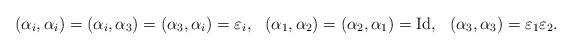
LaTeX: \begin{align*}(\alpha_{i}, \alpha_{i}) &= (\alpha_i, \alpha_3) = (\alpha_3, \alpha_i) = \varepsilon_i,&(\alpha_1, \alpha_2) &= (\alpha_2, \alpha_1) = \operatorname{Id},&(\alpha_3, \alpha_3) &=\varepsilon_1\varepsilon_2.\end{align*}